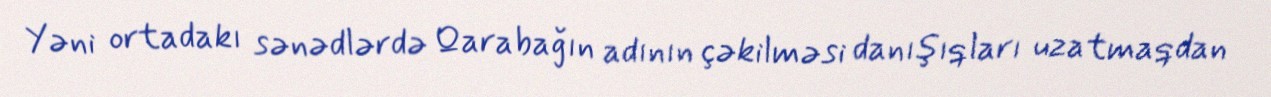
Yəni ortadakı sənədlərdə Qarabağın adının çəkilməsi danışıqları uzatmaqdan